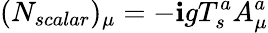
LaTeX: (N_{scalar})_{\mu}=-\mathbf{i}gT_{s}^{a}A_{\mu}^{a}